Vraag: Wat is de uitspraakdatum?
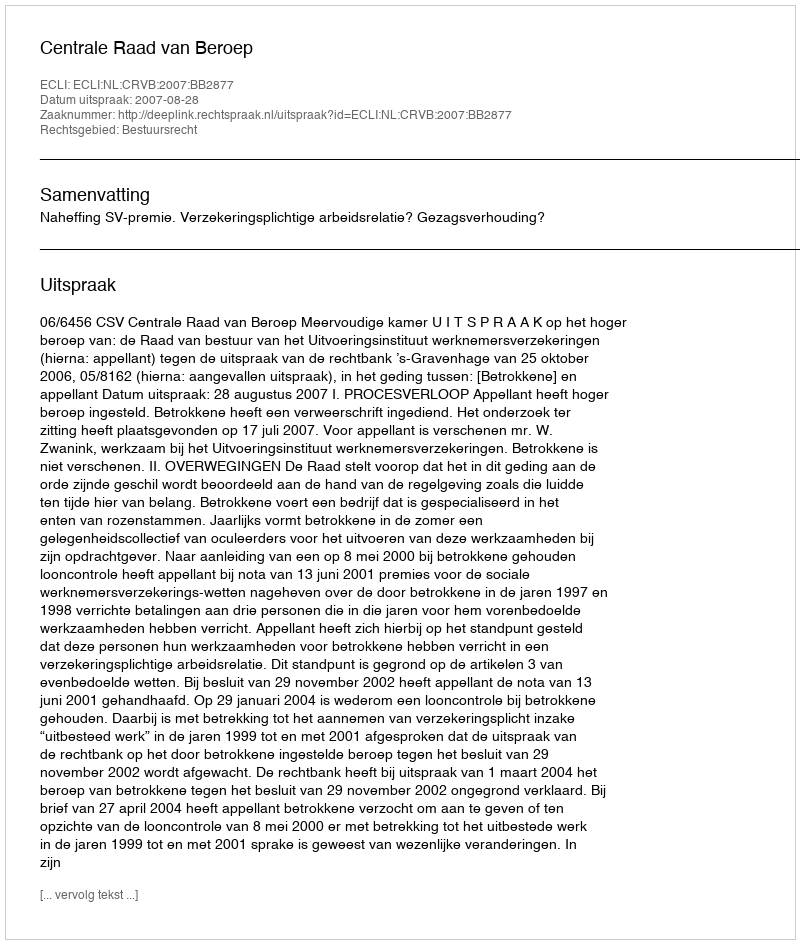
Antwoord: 2007-08-28